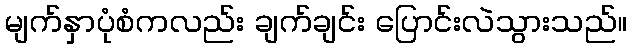
မျက်နှာပုံစံကလည်း ချက်ချင်း ပြောင်းလဲသွားသည်။